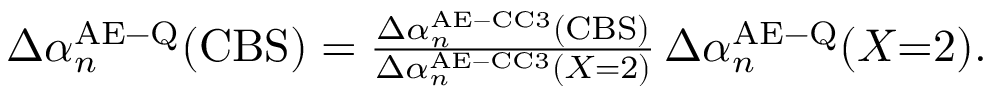
\begin{array} { r } { \Delta \alpha _ { n } ^ { \mathrm { A E \mathrm { - } Q } } ( \mathrm { C B S } ) = \frac { \Delta \alpha _ { n } ^ { \mathrm { A E \mathrm { - } C C 3 } } ( \mathrm { C B S } ) } { \Delta \alpha _ { n } ^ { \mathrm { A E \mathrm { - } C C 3 } } ( X \mathrm { = } 2 ) } \, \Delta \alpha _ { n } ^ { \mathrm { A E \mathrm { - } Q } } ( X \mathrm { \mathrm { = } 2 } ) . } \end{array}